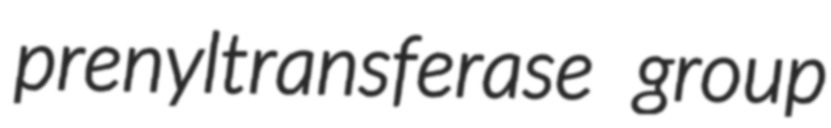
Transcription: prenyltransferase group